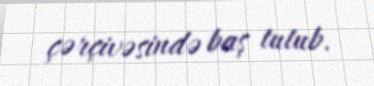
çərçivəsində baş tutub.